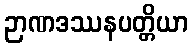
ဉာဏဒဿနပတ္တိယာ